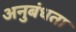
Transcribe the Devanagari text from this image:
अनुबंधता